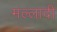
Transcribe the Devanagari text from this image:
मल्लादी